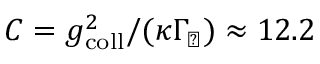
C = g _ { \mathrm { c o l l } } ^ { 2 } / ( \kappa \Gamma _ { \perp } ) \approx 1 2 . 2